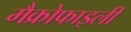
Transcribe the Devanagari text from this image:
मैक्रोफाइली